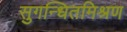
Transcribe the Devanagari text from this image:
सुगन्धितमिश्रण